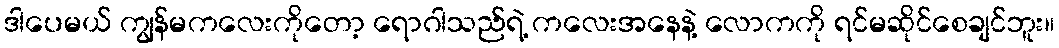
ဒါပေမယ် ကျွန်မကလေးကိုတော့ ရောဂါသည်ရဲ့ ကလေးအနေနဲ့ လောကကို ရင်မဆိုင်စေချင်ဘူး။